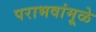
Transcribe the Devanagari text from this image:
पराभवांमूळे